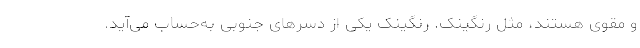
و مقوی هستند، مثل رنگینک. رنگینک یکی از دسرهای جنوبی به‌حساب می‌آید.